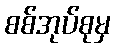
စစ်အုပ်စုမှ